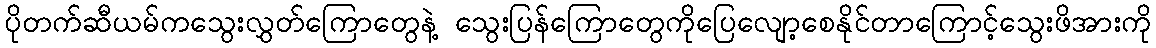
ပိုတက်ဆီယမ်ကသွေးလွှတ်ကြောတွေနဲ့ သွေးပြန်ကြောတွေကိုပြေလျော့စေနိုင်တာကြောင့်သွေးဖိအားကို